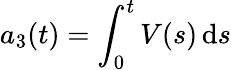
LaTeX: a_{3}(t)=\int_{0}^{t}V(s)\, \mathrm{d}s